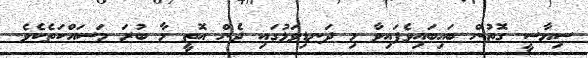
ސިޔާސީ ގޮތުން ބައިބައިވެފައިވާ މި ދަނޑިވަޅުގައި ދެން އޮތީ މާ ބުރަ މަސައްކަތެކެވެ.